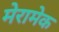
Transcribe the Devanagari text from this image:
मेरामेक